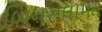
બિનસલામત